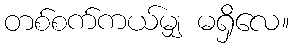
တစ်စက်ကယ်မျှ မရှိလေ။